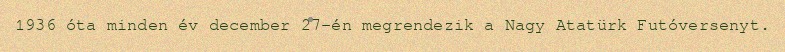
1936 óta minden év december 27-én megrendezik a Nagy Atatürk Futóversenyt.